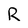
Character: R